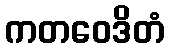
ကတဝေဒိတံ